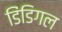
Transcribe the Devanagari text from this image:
डिंडिगल